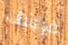
فراشات